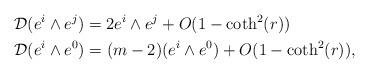
LaTeX: \begin{align*}&\mathcal{D}(e^{i}\wedge e^{j})=2e^{i}\wedge e^{j}+O(1-\coth^{2}(r))\\&\mathcal{D}(e^{i}\wedge e^{0})=(m-2)(e^{i}\wedge e^{0})+O(1-\coth^{2}(r)),\end{align*}